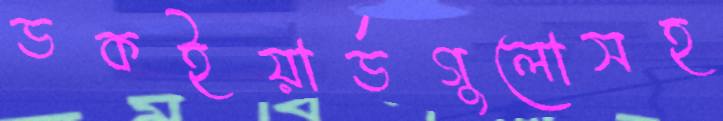
ডকইয়ার্ডগুলোসহ